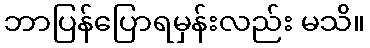
ဘာပြန်ပြောရမှန်းလည်း မသိ။